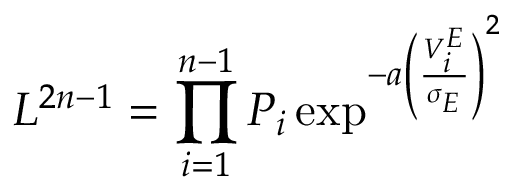
L ^ { 2 n - 1 } = \prod _ { i = 1 } ^ { n - 1 } P _ { i } \exp ^ { - a \left( \frac { V _ { i } ^ { E } } { \sigma _ { E } } \right) ^ { 2 } }